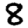
Digit: 8